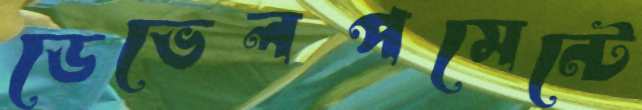
ডেভেলপমেন্টে